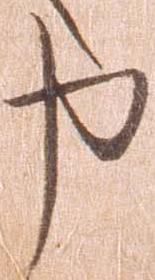
申